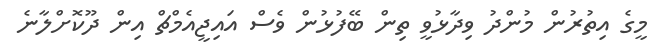
މީގެ އިތުރުން މުންދު ވިދާޅުވީ ތިން ބޭފުޅުން ވެސް އައިޖީއެމްޗް އިން ދޫކޮށްލާނެ